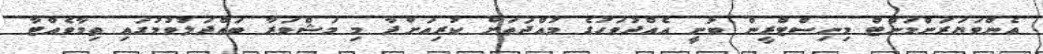
އެންވަޔަރަންމަންޓް މިނިސްޓްރީން ބުނީ އެއްދުވަހުގެ މުއްދަތަށް ކުރިއަށްދާ މި މަޝްވަރާ ބައްދަލުވުމުގައި ތިމާވެއްޓާ